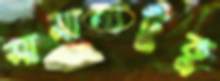
সামান্যটুকু